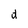
Character: d